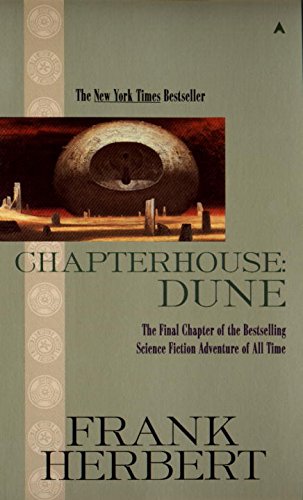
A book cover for Chapterhouse: Dune (Dune Chronicles, Book 6); Frank Herbert; Science Fiction & Fantasy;